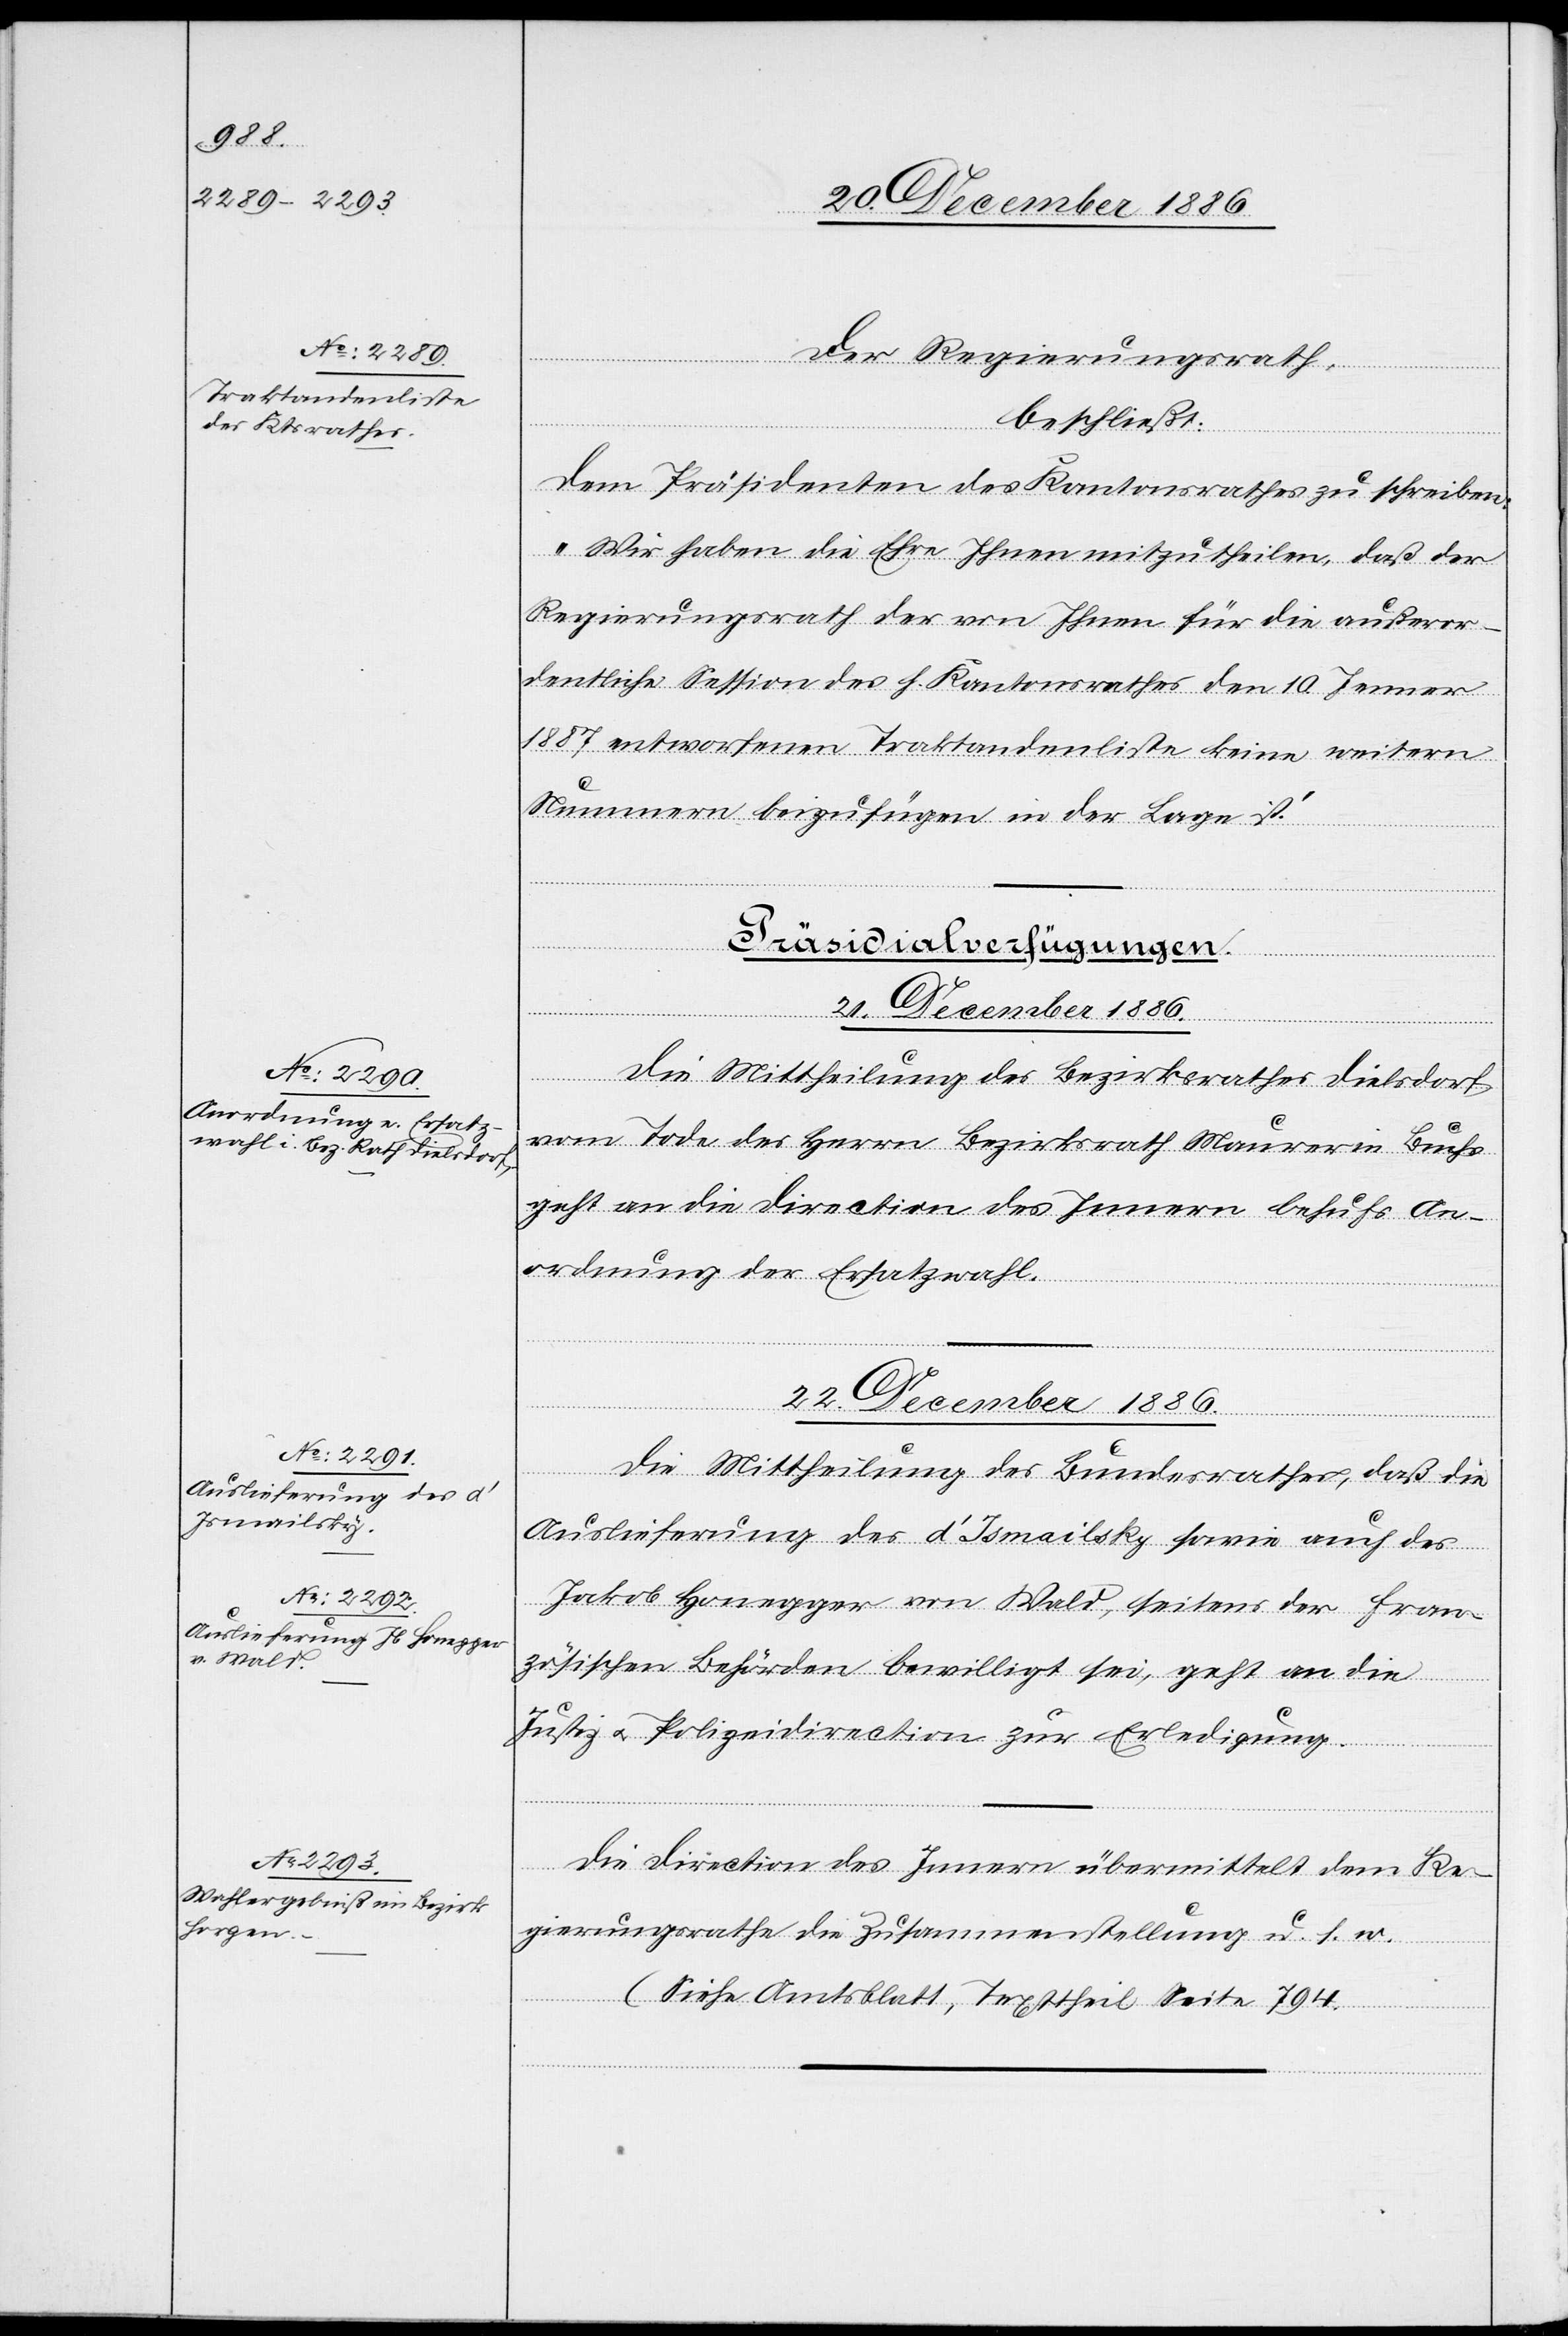
Der Regierungsrath,
beschließt:
Dem Präsidenten des Kantonsrathes zu schreiben:
„Wir haben die Ehre Ihnen mitzutheilen, daß der
Regierungsrath der von Ihnen für die außeror¬
dentliche Session des h. Kantonsrathes den 10. Jenner
1887 entworfenen Traktandenliste keine weitern
Nummern beizufügen in der Lage ist.“
[Präsidialverfügung.
22. December 1886.]
Die Mittheilung des Bezirksrathes Dielsdorf
vom Tode des Herrn Bezirksrath Maurer in Buchs
geht an die Direction des Innern behufs An¬
ordnung der Ersatzwahl.
Die Mittheilung des Bundesrathes, daß die
Auslieferung des d’Ismailsky sowie auch des
Jakob Honegger von Wald, seitens der fran¬
zösischen Behörden bewilligt sei, geht an die
Justiz- & Polizeidirection zur Erledigung.
Die Direction des Innern übermittelt dem Re¬
gierungsrathe die Zusammenstellung u. s. w.
(Siehe Amtsblatt, Texttheil Seite 794.)